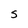
Character: S